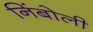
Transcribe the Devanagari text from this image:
निंबोली